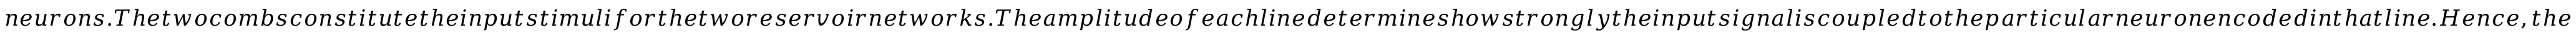
n e u r o n s . T h e t w o c o m b s c o n s t i t u t e t h e i n p u t s t i m u l i f o r t h e t w o r e s e r v o i r n e t w o r k s . T h e a m p l i t u d e o f e a c h l i n e d e t e r m i n e s h o w s t r o n g l y t h e i n p u t s i g n a l i s c o u p l e d t o t h e p a r t i c u l a r n e u r o n e n c o d e d i n t h a t l i n e . H e n c e , t h e d i s t r i b u t i o n o f ( c o m p l e x ) a m p l i t u d e s a m o n g t h e c o m b l i n e s d e f i n e s t h e t w o v e c t o r s o f i n p u t - t o - r e s e r v o i r w e i g h t s ,